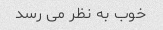
خوب به نظر می رسد